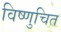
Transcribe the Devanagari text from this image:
विष्णुचित